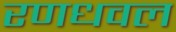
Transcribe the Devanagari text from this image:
रणधवल